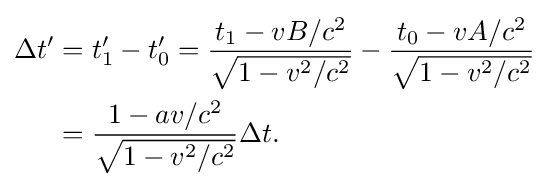
{\begin{aligned}\Delta t'&=t'_{1}-t'_{0}={\frac {t_{1}-vB/c^{2}}{\sqrt {1-v^{2}/c^{2}}}}-{\frac {t_{0}-vA/c^{2}}{\sqrt {1-v^{2}/c^{2}}}}\\&={\frac {1-av/c^{2}}{\sqrt {1-v^{2}/c^{2}}}}\Delta t.\end{aligned}}